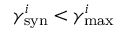
\gamma _ { \mathrm { s y n } } ^ { i } < \gamma _ { \mathrm { m a x } } ^ { i }